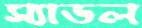
স্যাডল